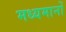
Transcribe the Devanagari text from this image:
मध्यमानों